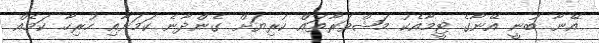
އޭނާ ބުނީ އޭނާގެ ޓީމާއެކު މަޝްވަރާތައް ކުރިޔަށް ގެންދާނެ ކަމަށާއި ހުރިހާ ކަމެއް